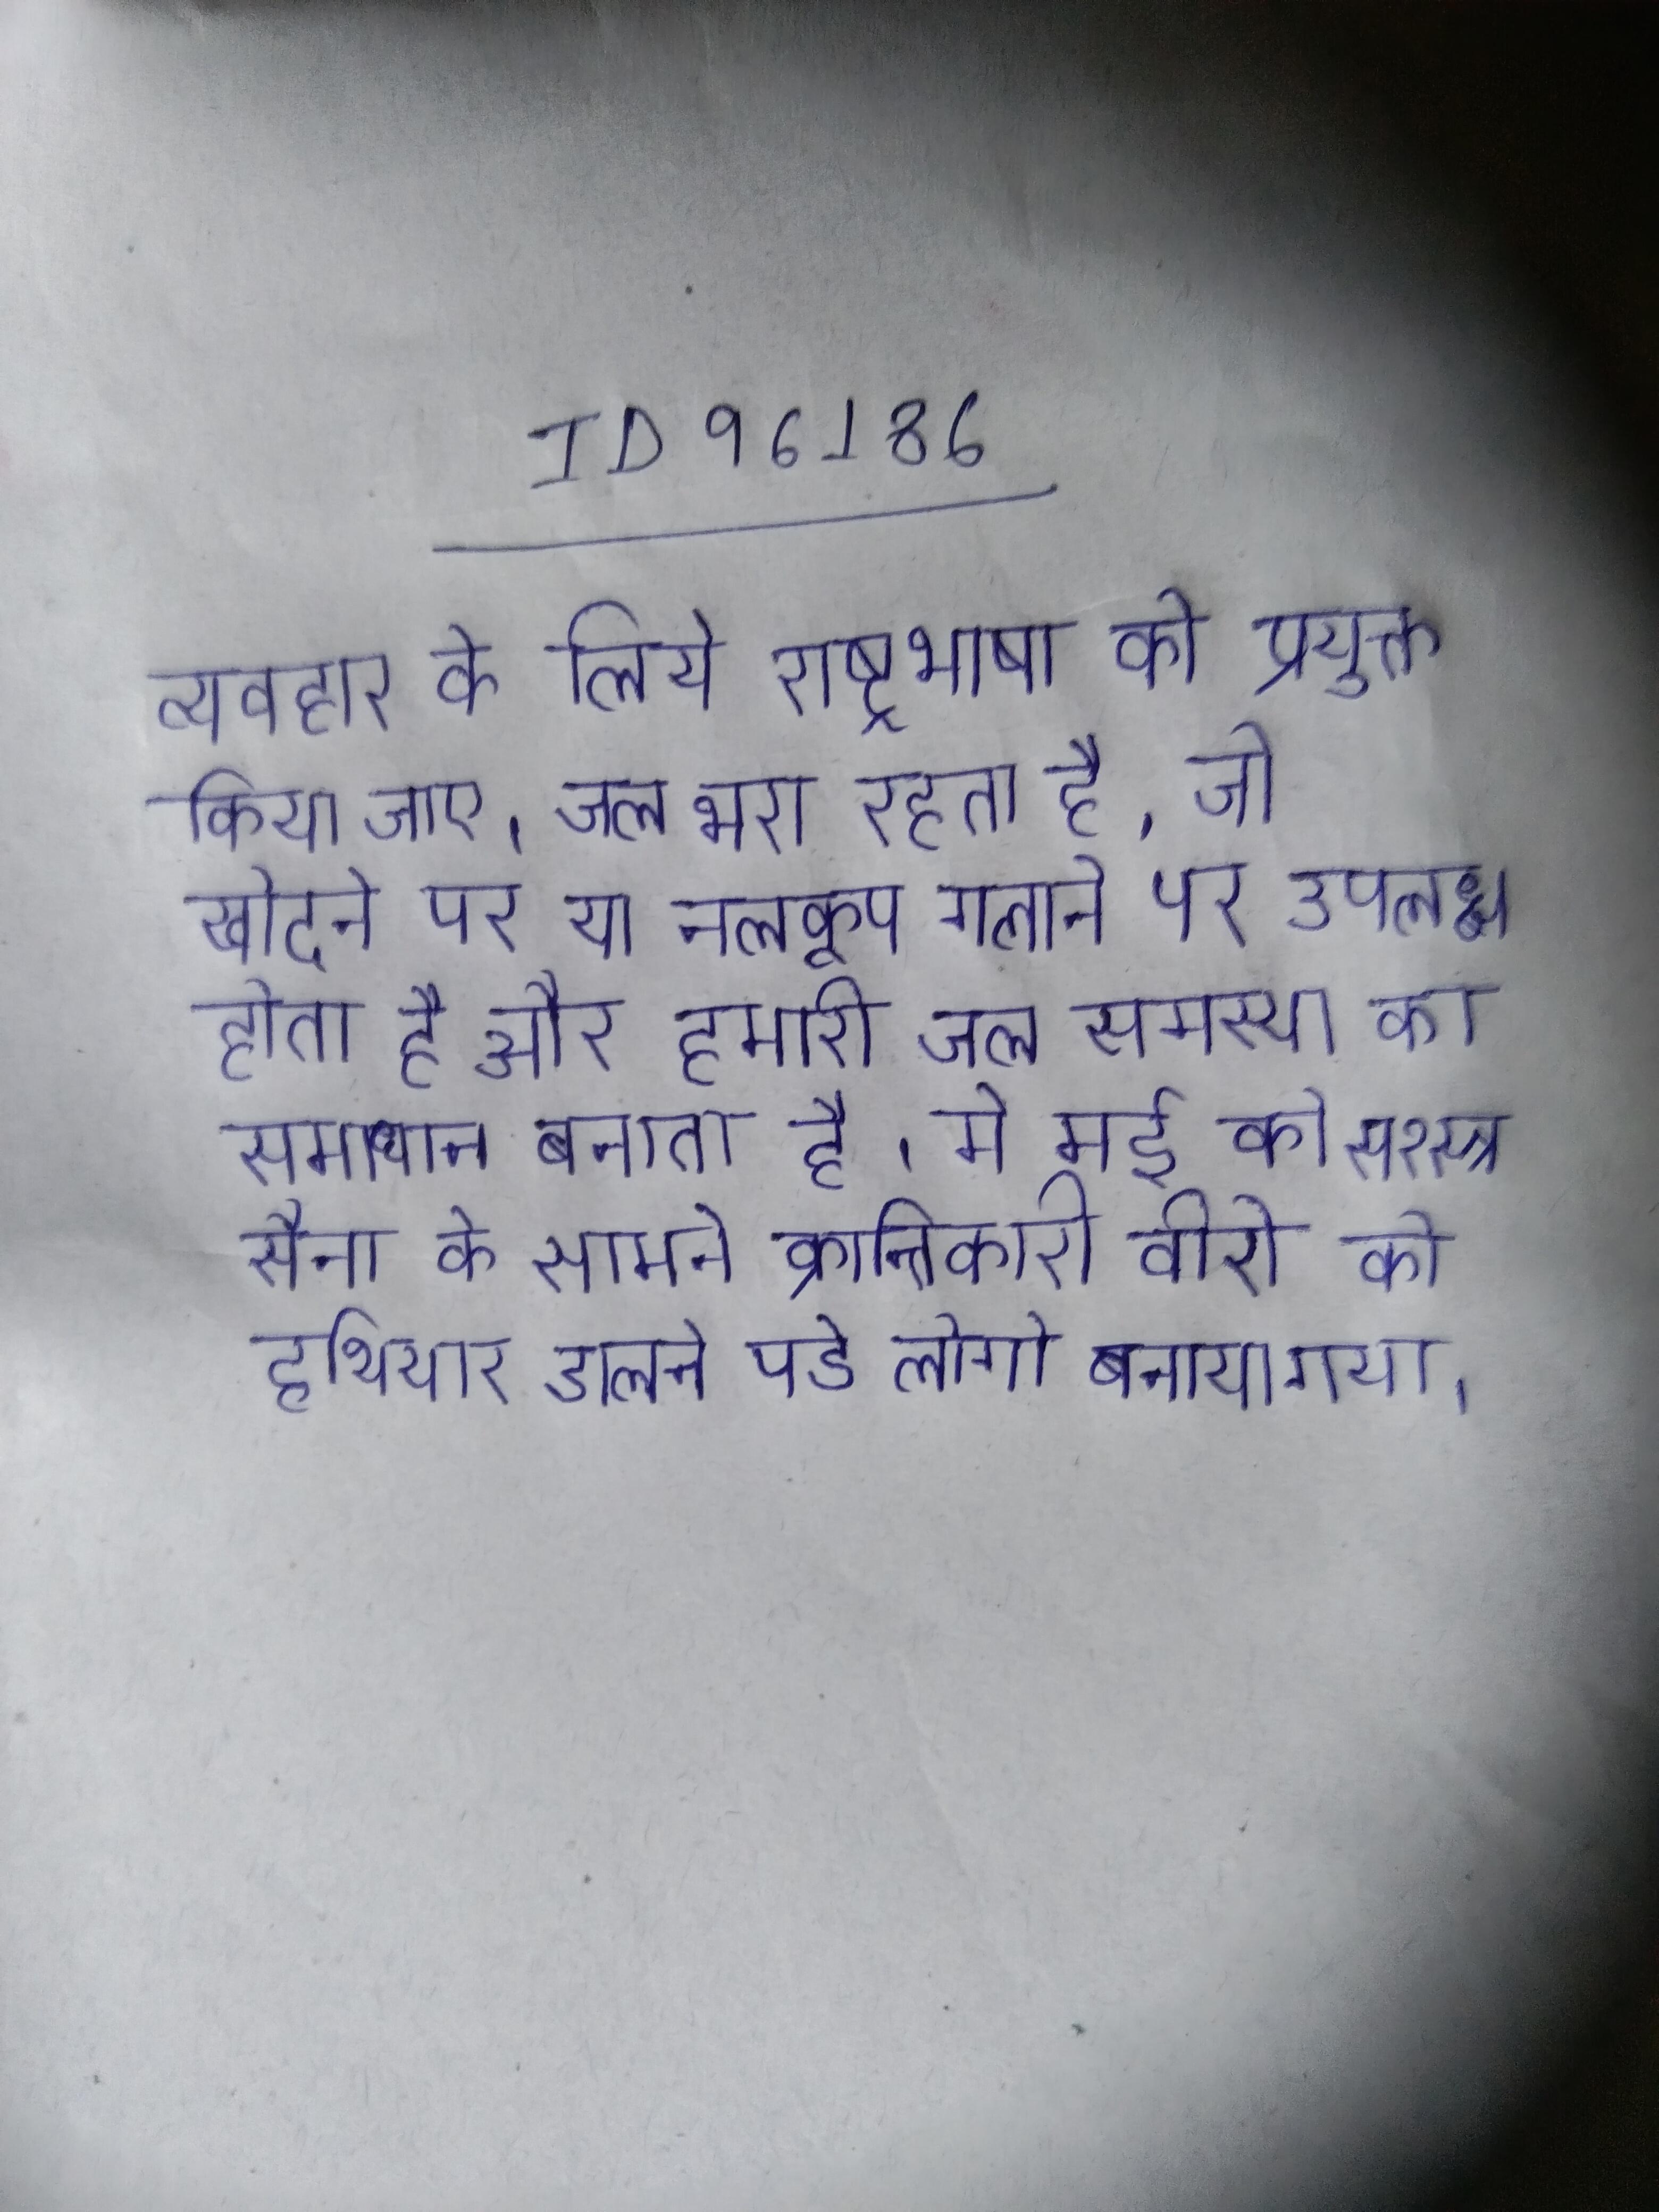
व्यवहार के लिये राष्ट्रभाषा को प्रयुक्त किया जाए । जल भरा रहता है, जो खोदने पर, या नलकूप गलाने पर, उपलब्ध होता है और हमारी जल समस्या का समाधान बनाता है । मे मई को सश्स्त्र सैना के सामने क्रान्तिकारी वीरो को हथियार डालने पडे लोगो को बनाया गया ।